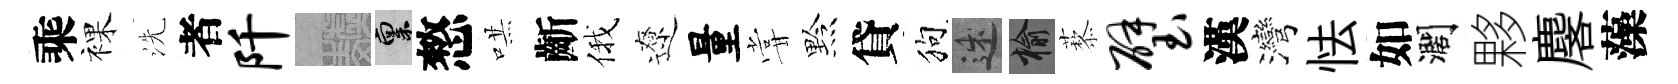
乘裸洗者阡熙禀憗哄齗俄遼量甞黔貸狗述榆藜璧漢灣怯如濶夥麐藻